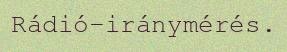
Rádió-iránymérés.